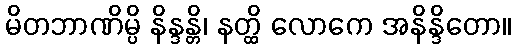
မိတဘာဏိမ္ပိ နိန္ဒန္တိ၊ နတ္ထိ လောကေ အနိန္ဒိတော။